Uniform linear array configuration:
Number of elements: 32
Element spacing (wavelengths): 1
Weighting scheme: binomial
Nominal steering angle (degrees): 45
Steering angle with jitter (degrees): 44.979
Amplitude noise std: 0.05
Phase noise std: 0.05

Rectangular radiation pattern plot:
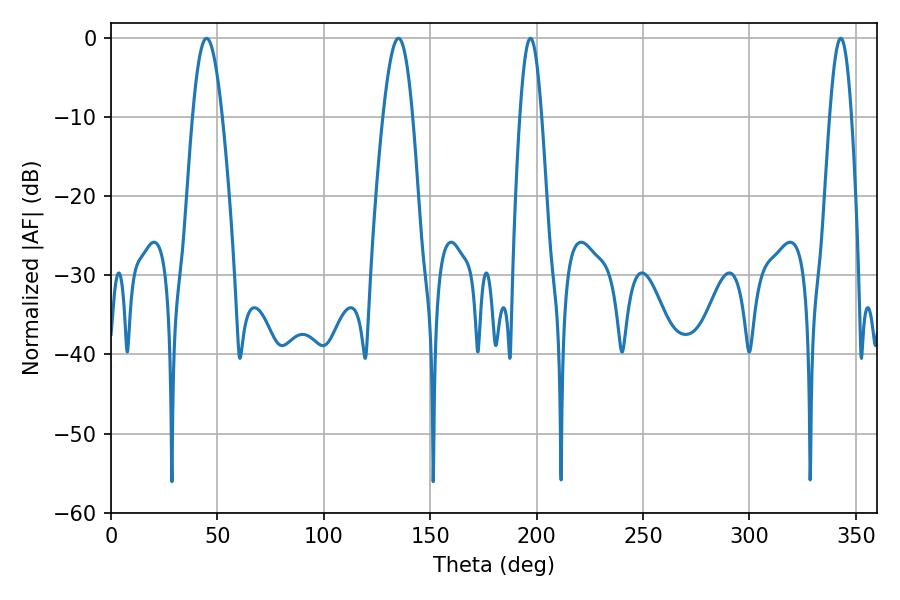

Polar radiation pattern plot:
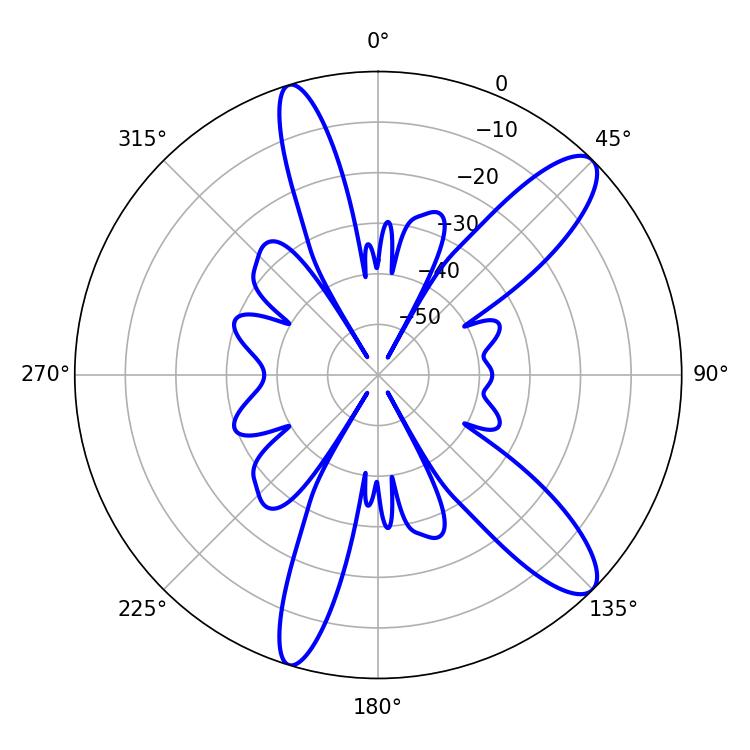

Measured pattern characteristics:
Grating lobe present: TRUE
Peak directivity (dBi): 11.568
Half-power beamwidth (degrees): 5.4
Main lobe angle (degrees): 197.1